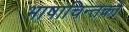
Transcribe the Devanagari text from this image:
भाषाचिन्तको